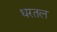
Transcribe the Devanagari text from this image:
धरतल